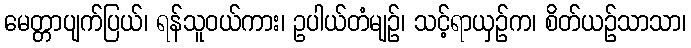
မေတ္တာပျက်ပြယ်၊ ရန်သူဝယ်ကား၊ ဥပါယ်တံမျဉ်၊ သင့်ရာယှဉ်က၊ စိတ်ယဉ်သာသာ၊